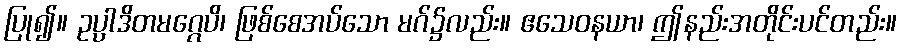
ပြု၍။ ဥပ္ပါဒိတမဂ္ဂေပိ၊ ဖြစ်စေအပ်သော မဂ်၌လည်း။ ဧသေဝနယာ၊ ဤနည်းအတိုင်းပင်တည်း။